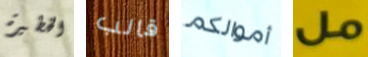
الخطيرة قالب أموالكم مل